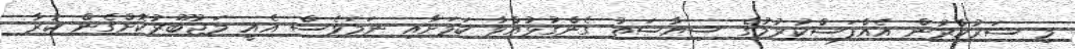
މި ސަރުކާރުން އެއްފަސްކުރުމުގެ ސިޔާސަތު ގެންގުޅުއްވާ ކަމަށާއި ނަމަވެސް އެއީ މަޖުބޫރުކޮށްގެން ކުރާ